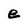
Character: e